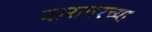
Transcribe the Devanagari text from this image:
दारावरच्या